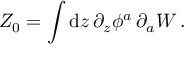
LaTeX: { \cal Z } _ { 0 } = \int \mathrm { d } z \, \partial _ { z } \phi ^ { a } \, \partial _ { a } { \cal W } \, .